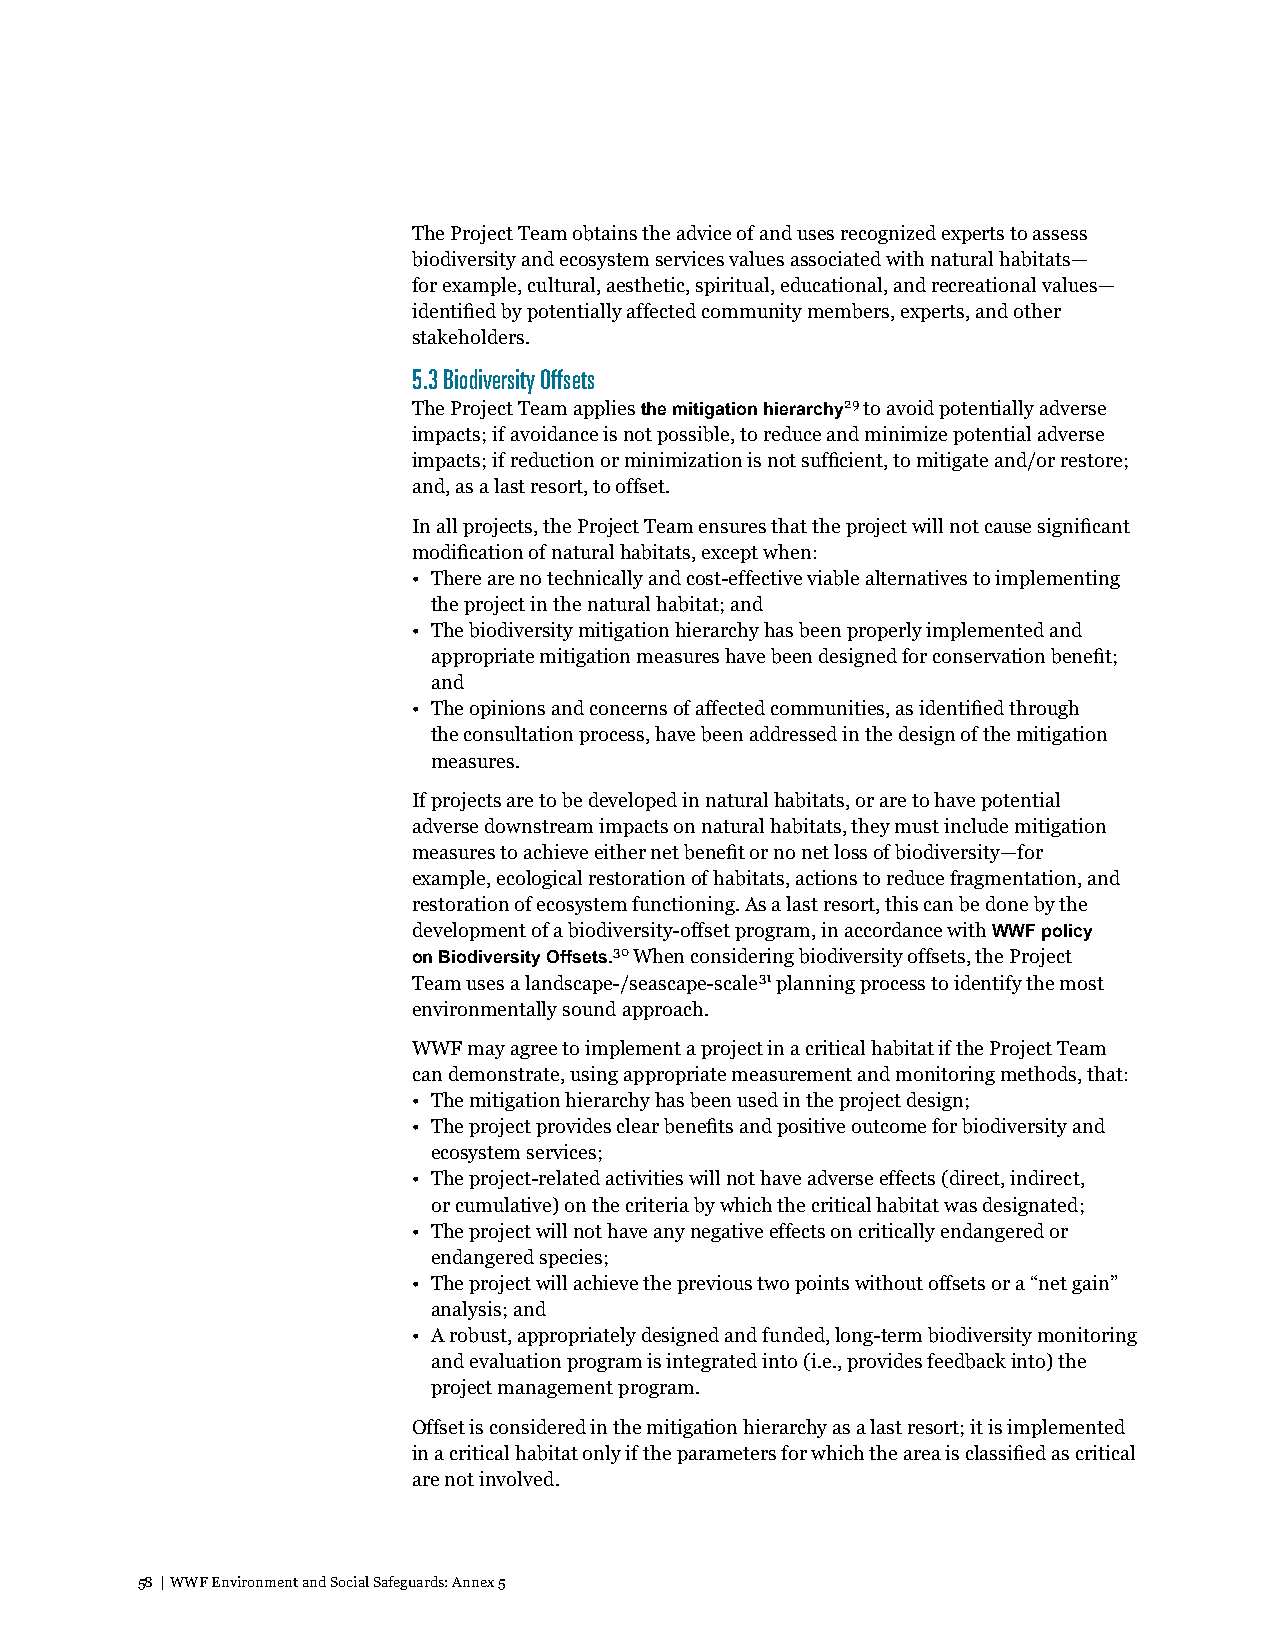
The Project Team obtains the advice of and uses recognized experts to assess
 biodiversity and ecosystem services values associated with natural habitats—
 for example, cultural, aesthetic, spiritual, educational, and recreational values—
 identified by potentially affected community members, experts, and other
 stakeholders.
 5.3 Biodiversity Offsets
 The Project Team applies the mitigation hierarchy29 to avoid potentially adverse
 impacts; if avoidance is not possible, to reduce and minimize potential adverse
 impacts; if reduction or minimization is not sufficient, to mitigate and/or restore;
 and, as a last resort, to offset.
 In all projects, the Project Team ensures that the project will not cause significant
 modification of natural habitats, except when:
 • There are no technically and cost-effective viable alternatives to implementing
 the project in the natural habitat; and
 • The biodiversity mitigation hierarchy has been properly implemented and
 appropriate mitigation measures have been designed for conservation benefit;
 and
 • The opinions and concerns of affected communities, as identified through
 the consultation process, have been addressed in the design of the mitigation
 measures.
 If projects are to be developed in natural habitats, or are to have potential
 adverse downstream impacts on natural habitats, they must include mitigation
 measures to achieve either net benefit or no net loss of biodiversity—for
 example, ecological restoration of habitats, actions to reduce fragmentation, and
 restoration of ecosystem functioning. As a last resort, this can be done by the
 development of a biodiversity-offset program, in accordance with WWF policy
 on Biodiversity Offsets.30 When considering biodiversity offsets, the Project
 Team uses a landscape-/seascape-scale31 planning process to identify the most
 environmentally sound approach.
 WWF may agree to implement a project in a critical habitat if the Project Team
 can demonstrate, using appropriate measurement and monitoring methods, that:
 • The mitigation hierarchy has been used in the project design;
 • The project provides clear benefits and positive outcome for biodiversity and
 ecosystem services;
 • The project-related activities will not have adverse effects (direct, indirect,
 or cumulative) on the criteria by which the critical habitat was designated;
 • The project will not have any negative effects on critically endangered or
 endangered species;
 • The project will achieve the previous two points without offsets or a “net gain”
 analysis; and
 • A robust, appropriately designed and funded, long-term biodiversity monitoring
 and evaluation program is integrated into (i.e., provides feedback into) the
 project management program.
 Offset is considered in the mitigation hierarchy as a last resort; it is implemented
 in a critical habitat only if the parameters for which the area is classified as critical
 are not involved.
 58 | WWF Environment and Social Safeguards: Annex 5